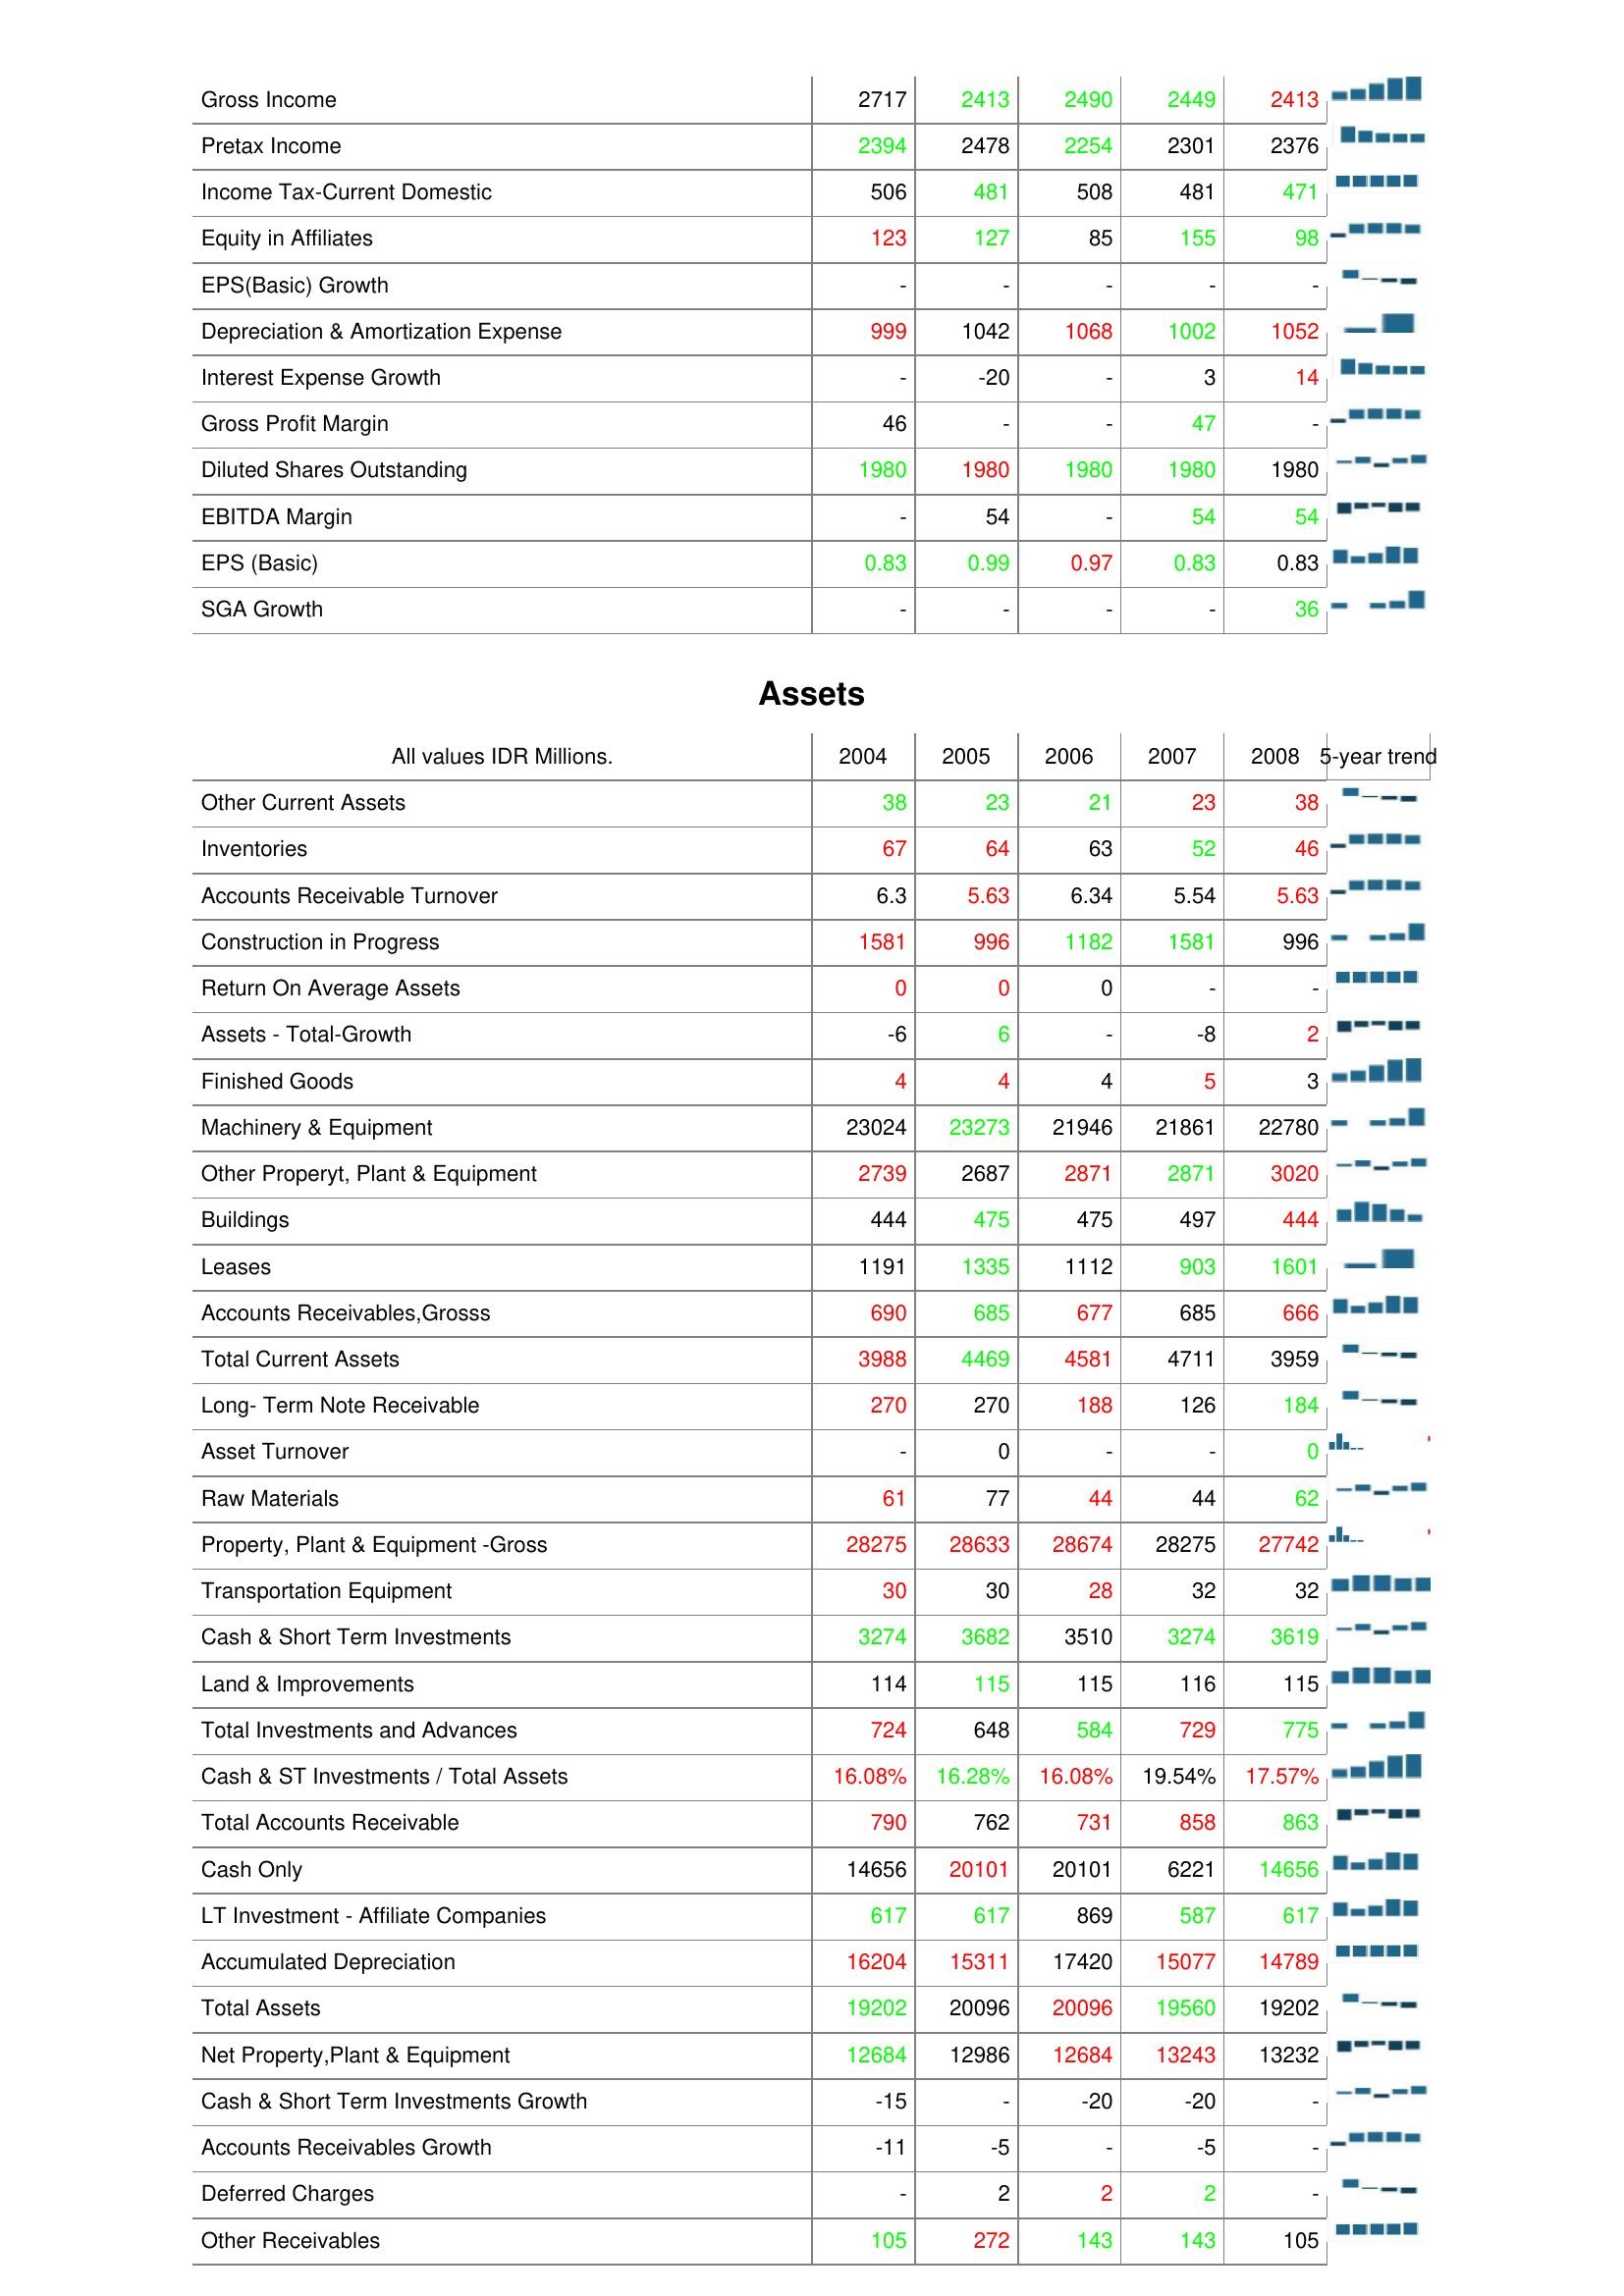
2004: : Gross Income: 2717
Pretax Income: 2394
Income Tax-Current Domestic: 506
Equity in Affiliates: 123
EPS(Basic) Growth: -
Depreciation & Amortization Expense: 999
Interest Expense Growth: -
Gross Profit Margin: 46
Diluted Shares Outstanding: 1980
EBITDA Margin: -
EPS (Basic): 0.83
SGA Growth: -
Assets: Other Current Assets: 38
Inventories: 67
Accounts Receivable Turnover: 6.3
Construction in Progress: 1581
Return On Average Assets: 0
Assets - Total-Growth: -6
Finished Goods: 4
Machinery & Equipment: 23024
Other Properyt, Plant & Equipment: 2739
Buildings: 444
Leases: 1191
Accounts Receivables,Grosss: 690
Total Current Assets: 3988
Long- Term Note Receivable: 270
Asset Turnover: -
Raw Materials: 61
Property, Plant & Equipment -Gross: 28275
Transportation Equipment: 30
Cash & Short Term Investments: 3274
Land & Improvements: 114
Total Investments and Advances: 724
Cash & ST Investments / Total Assets: 16.08%
Total Accounts Receivable: 790
Cash Only: 14656
LT Investment - Affiliate Companies: 617
Accumulated Depreciation: 16204
Total Assets: 19202
Net Property,Plant & Equipment: 12684
Cash & Short Term Investments Growth: -15
Accounts Receivables Growth: -11
Deferred Charges: -
Other Receivables: 105
2005: : Gross Income: 2413
Pretax Income: 2478
Income Tax-Current Domestic: 481
Equity in Affiliates: 127
EPS(Basic) Growth: -
Depreciation & Amortization Expense: 1042
Interest Expense Growth: -20
Gross Profit Margin: -
Diluted Shares Outstanding: 1980
EBITDA Margin: 54
EPS (Basic): 0.99
SGA Growth: -
Assets: Other Current Assets: 23
Inventories: 64
Accounts Receivable Turnover: 5.63
Construction in Progress: 996
Return On Average Assets: 0
Assets - Total-Growth: 6
Finished Goods: 4
Machinery & Equipment: 23273
Other Properyt, Plant & Equipment: 2687
Buildings: 475
Leases: 1335
Accounts Receivables,Grosss: 685
Total Current Assets: 4469
Long- Term Note Receivable: 270
Asset Turnover: 0
Raw Materials: 77
Property, Plant & Equipment -Gross: 28633
Transportation Equipment: 30
Cash & Short Term Investments: 3682
Land & Improvements: 115
Total Investments and Advances: 648
Cash & ST Investments / Total Assets: 16.28%
Total Accounts Receivable: 762
Cash Only: 20101
LT Investment - Affiliate Companies: 617
Accumulated Depreciation: 15311
Total Assets: 20096
Net Property,Plant & Equipment: 12986
Cash & Short Term Investments Growth: -
Accounts Receivables Growth: -5
Deferred Charges: 2
Other Receivables: 272
2006: : Gross Income: 2490
Pretax Income: 2254
Income Tax-Current Domestic: 508
Equity in Affiliates: 85
EPS(Basic) Growth: -
Depreciation & Amortization Expense: 1068
Interest Expense Growth: -
Gross Profit Margin: -
Diluted Shares Outstanding: 1980
EBITDA Margin: -
EPS (Basic): 0.97
SGA Growth: -
Assets: Other Current Assets: 21
Inventories: 63
Accounts Receivable Turnover: 6.34
Construction in Progress: 1182
Return On Average Assets: 0
Assets - Total-Growth: -
Finished Goods: 4
Machinery & Equipment: 21946
Other Properyt, Plant & Equipment: 2871
Buildings: 475
Leases: 1112
Accounts Receivables,Grosss: 677
Total Current Assets: 4581
Long- Term Note Receivable: 188
Asset Turnover: -
Raw Materials: 44
Property, Plant & Equipment -Gross: 28674
Transportation Equipment: 28
Cash & Short Term Investments: 3510
Land & Improvements: 115
Total Investments and Advances: 584
Cash & ST Investments / Total Assets: 16.08%
Total Accounts Receivable: 731
Cash Only: 20101
LT Investment - Affiliate Companies: 869
Accumulated Depreciation: 17420
Total Assets: 20096
Net Property,Plant & Equipment: 12684
Cash & Short Term Investments Growth: -20
Accounts Receivables Growth: -
Deferred Charges: 2
Other Receivables: 143
2007: : Gross Income: 2449
Pretax Income: 2301
Income Tax-Current Domestic: 481
Equity in Affiliates: 155
EPS(Basic) Growth: -
Depreciation & Amortization Expense: 1002
Interest Expense Growth: 3
Gross Profit Margin: 47
Diluted Shares Outstanding: 1980
EBITDA Margin: 54
EPS (Basic): 0.83
SGA Growth: -
Assets: Other Current Assets: 23
Inventories: 52
Accounts Receivable Turnover: 5.54
Construction in Progress: 1581
Return On Average Assets: -
Assets - Total-Growth: -8
Finished Goods: 5
Machinery & Equipment: 21861
Other Properyt, Plant & Equipment: 2871
Buildings: 497
Leases: 903
Accounts Receivables,Grosss: 685
Total Current Assets: 4711
Long- Term Note Receivable: 126
Asset Turnover: -
Raw Materials: 44
Property, Plant & Equipment -Gross: 28275
Transportation Equipment: 32
Cash & Short Term Investments: 3274
Land & Improvements: 116
Total Investments and Advances: 729
Cash & ST Investments / Total Assets: 19.54%
Total Accounts Receivable: 858
Cash Only: 6221
LT Investment - Affiliate Companies: 587
Accumulated Depreciation: 15077
Total Assets: 19560
Net Property,Plant & Equipment: 13243
Cash & Short Term Investments Growth: -20
Accounts Receivables Growth: -5
Deferred Charges: 2
Other Receivables: 143
2008: : Gross Income: 2413
Pretax Income: 2376
Income Tax-Current Domestic: 471
Equity in Affiliates: 98
EPS(Basic) Growth: -
Depreciation & Amortization Expense: 1052
Interest Expense Growth: 14
Gross Profit Margin: -
Diluted Shares Outstanding: 1980
EBITDA Margin: 54
EPS (Basic): 0.83
SGA Growth: 36
Assets: Other Current Assets: 38
Inventories: 46
Accounts Receivable Turnover: 5.63
Construction in Progress: 996
Return On Average Assets: -
Assets - Total-Growth: 2
Finished Goods: 3
Machinery & Equipment: 22780
Other Properyt, Plant & Equipment: 3020
Buildings: 444
Leases: 1601
Accounts Receivables,Grosss: 666
Total Current Assets: 3959
Long- Term Note Receivable: 184
Asset Turnover: 0
Raw Materials: 62
Property, Plant & Equipment -Gross: 27742
Transportation Equipment: 32
Cash & Short Term Investments: 3619
Land & Improvements: 115
Total Investments and Advances: 775
Cash & ST Investments / Total Assets: 17.57%
Total Accounts Receivable: 863
Cash Only: 14656
LT Investment - Affiliate Companies: 617
Accumulated Depreciation: 14789
Total Assets: 19202
Net Property,Plant & Equipment: 13232
Cash & Short Term Investments Growth: -
Accounts Receivables Growth: -
Deferred Charges: -
Other Receivables: 105